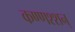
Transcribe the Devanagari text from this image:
कण्णश्शन्